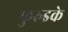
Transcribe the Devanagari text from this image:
फुरुइके